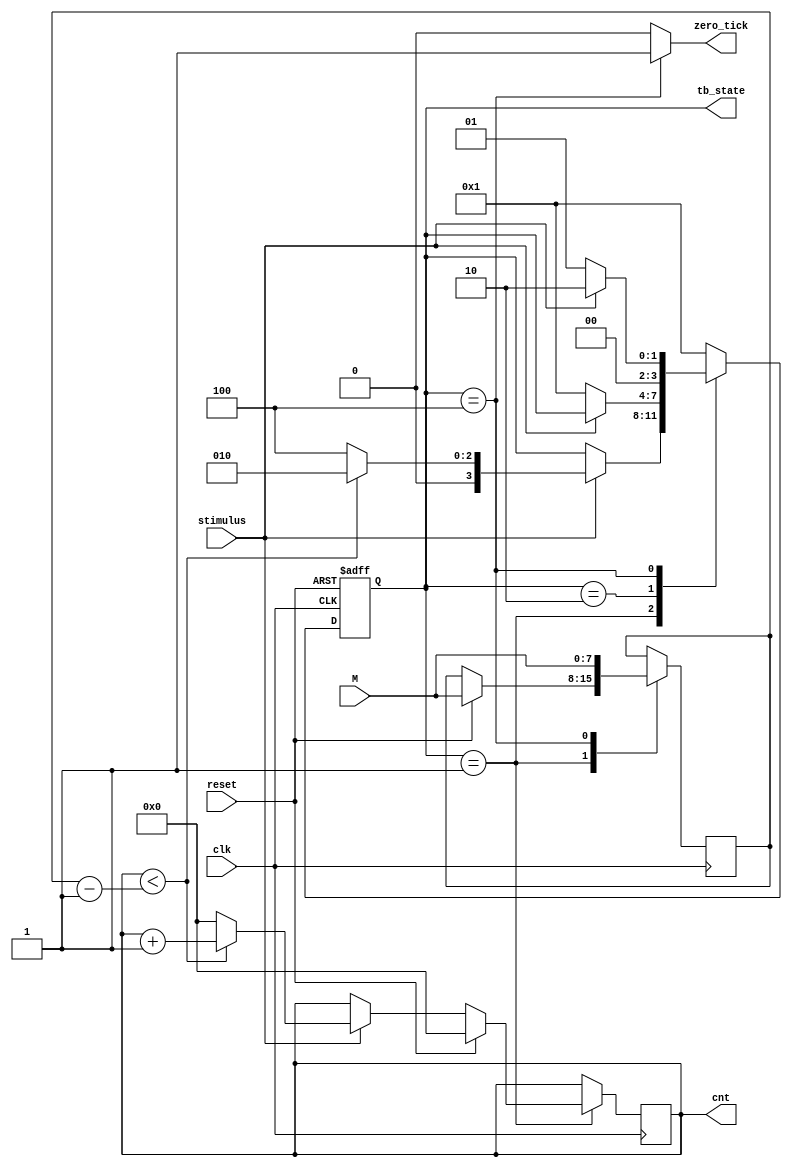
//******************************************************************************
//
// Module: mod_m_rise_edge_var
//
// Copyright 2013 Aaron P. Dahlen               APDahlen@gmail.com
//
//******************************************************************************
//
//  This RTL source is free hardware: you can redistribute it and/or modify it 
//  under the terms of the GNU Lesser General Public License as published by the 
//  Free Software Foundation, either version 3 of the License, or (at your 
//  option) any later version.
//
//  This RTL source is distributed in the hope that it will be useful, but 
//  WITHOUT ANY WARRANTY; without even the implied warranty of MERCHANTABILITY 
//  or FITNESS FOR A PARTICULAR PURPOSE.  See the GNU Lesser General Public 
//  License for more details.
//
//  You should have received a copy of the GNU Lesser General Public License 
//  along with this RTM source.  If not, see <http://www.gnu.org/licenses/>.
//
//******************************************************************************  
//       ______________________________________________
//      |                                              |
//      | mod_m_rise_edge_var                          |
//      |______________________________________________|
//      |                                              |
//      |    Parameters defaults                       |
//      |        width = 8                             |
//      |                                              |
//  ----| stimulus                                 cnt |==V=
//      |                                    zero_tick |----
//  ==V=| M                                            |
//      |                                              |
//  ----| clk                       TESTBENCH SIGNALS: |
//  ----| reset                                  state |----
//      |______________________________________________|
//
//** Description **************************************************************
//
//  A mod-m counter where M may be changed externally on the fly.  The count 
//  advances on the rising edge of stimulus.
//
//** Instantiation *************************************************************
//
//    mod_m_rise_edge_var #(.width(width))
//    mod_m_rise_edge_var(
//        .clk(clk), 
//        .reset(reset),
//        .M(M),
//        .stimulus(stimulus),
//        .cnt(cnt),
//        .zero_tick(zero_tick),
//        .tb_state(tb_state)
//    );
//
//** Parameters ****************************************************************
//
//  width: defines width of the counter.  Here it is necessary to define the 
//  width to hold cnt as cnt is not known to synthesis tools.  Recommend using 
//  multiples of 8 to define the width.
//
//** Signal Inputs: ************************************************************
//
//  1) clk: high speed system clock (typically 100MHz)
//
//  2) reset: global reset
//
//  3) M: count modulus.
//
//  4) stimulus: count is incremented when stimulus is asserted high.  The 
//     stimulus line must be first released for subsequent counting.
//
//** Signal Outputs ************************************************************
//
//  1) cnt: provides the current mod-M count.  Note that count starts at zero.
//     Consequently, count never reaches M.  For example, if M = 10, count start
//     at 0 and ends at 9.
//
//  2) zero_tick: this signal will be asserted high for one cycle when count 
//     rolls over to zero.
//
//** Comments ******************************************************************
//
//  1) input M is read on reset or when the counter rolls over to zero. 
// 
//  2) CAUTION: there must be at least 2 sys clk ticks between stimulus assertions 
//
//*******************************************************************************

module mod_m_rise_edge_var #(parameter width = 8)(
    input wire clk,
    input wire reset,
    input wire [width - 1:0] M,
    input wire stimulus,
    output reg [width - 1:0] cnt,
    output wire zero_tick,
    output wire [3:0] tb_state 
);

//** CONSTANT DECLARATIONS *****************************************************

    /* General shortcuts */
        localparam T = 1'b1;
        localparam F = 1'b0;

//** SYMBOLIC STATE DECLARATIONS ***********************************************

    localparam [3:0]
        idle            = 4'h1,
        recover         = 4'h2,
        send_zero_tick  = 4'h4;

//** SIGNAL DECLARATIONS *******************************************************

    reg [3:0] state, state_next;
    reg [width - 1:0] M_buf;

//** INSTANTIATIONS ************************************************************

//** ASSIGN STATEMENTS *********************************************************

    assign zero_tick = (state == send_zero_tick) ? T : F;

    /* Testbench signals */

        assign tb_state = state;

//** TASKS / FUNCTIONS ********************************************************* 
//
//    function integer log2(input integer M);
//        integer i;
//    begin
//        log2 = 1;
//        for (i = 0; 2**i < M; i = i + 1)
//            log2 = i + 1;
//    end endfunction
//
//** BODY **********************************************************************

// State register maintenance

    always @(posedge clk or posedge reset) begin
        if(reset) begin
            state <= idle;
        end else begin
            state <= state_next;
    end end


    always @* begin

        state_next = state;

        case(state)
            idle:               if(stimulus)    state_next = (cnt < M_buf - 1'd1) ? recover : send_zero_tick;

            recover:            if(!stimulus)   state_next = idle;

            send_zero_tick:                     state_next = (stimulus) ? recover : idle;

            default:                            state_next = idle;

        endcase
    end


// Datapath control and registered outputs 

    always @(posedge clk) begin

        case(state)

            idle: begin
                if (reset) begin
                    cnt <= 0;
                    M_buf <= M;
                end else if (stimulus)
                    cnt <= (cnt < M_buf - 1'd1) ? cnt + 1'd1 : {width{1'd0}};
            end

            recover: begin end

            send_zero_tick: begin 
                M_buf <= M;
            end

        endcase
    end

endmodule